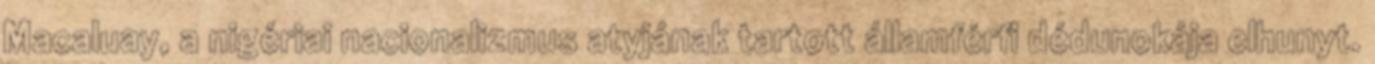
Macaluay, a nigériai nacionalizmus atyjának tartott államférfi dédunokája elhunyt.